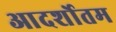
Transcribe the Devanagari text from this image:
आदर्शोतम